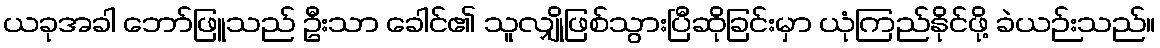
ယခုအခါ ဘော်ဖြူသည် ဦးသာ ခေါင်၏ သူလျှိုဖြစ်သွားပြီဆိုခြင်းမှာ ယုံကြည်နိုင်ဖို့ ခဲယဉ်းသည်။